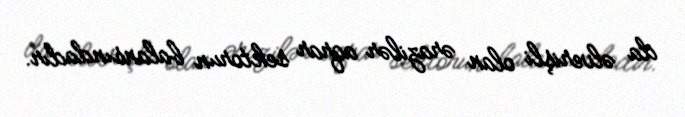
da əlverişli olan ərazilər aqrar sektorun balansındadır.